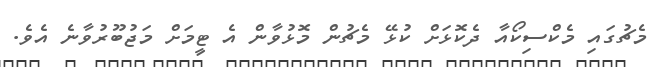
މެޗުގައި މެކްސިކޯއާ ދެކޮޅަށް ކުޅޭ މެޗުން މޮޅުވާން އެ ޓީމަށް މަޖުބޫރުވާނެ އެވެ.